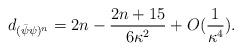
LaTeX: \begin{align*}d_{(\bar\psi\psi)^n} = 2n - {2n+15\over 6\kappa^2}+ O({1\over \kappa^4}).\end{align*}